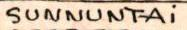
SUNNUNTAi